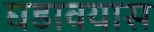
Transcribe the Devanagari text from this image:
घडावयास